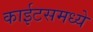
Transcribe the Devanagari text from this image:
काईटसमध्ये